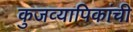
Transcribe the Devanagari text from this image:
कुजव्यापिकांची